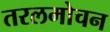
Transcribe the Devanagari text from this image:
तरलमोचन